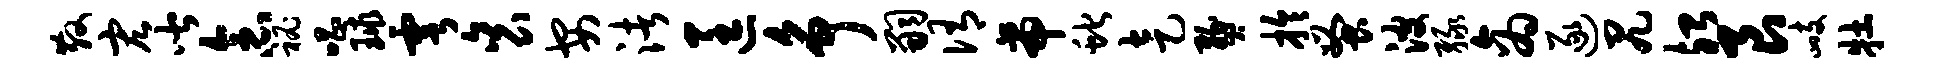
散宏皆念秘唱球雩衮安渚匡争嗣侑帝蛇走燹拎蚤波绿商逐尻殆艮峙牡